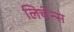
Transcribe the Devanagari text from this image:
लिचेन्स